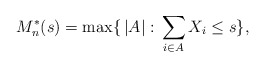
\begin{align*}M_n^*(s)=\max \{ \,|A|: \,\sum_{i \in A} X_i \leq s \},\end{align*}